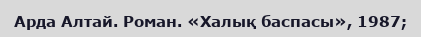
Арда Алтай. Роман. «Халық баспасы», 1987;